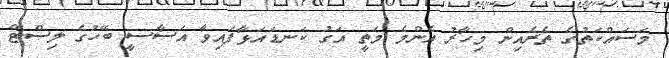
މަސައްކަތުގެ ތެރެއިން މިހާރު އެންމެ މަތީ އަގު ކަނޑައަޅާފައިވާ އަސާސީ ބޭހުގެ ލިސްޓް